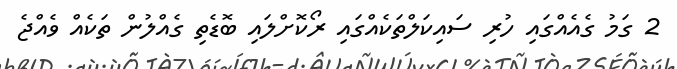
2 ގަމު ގެއެއްގައި ހުރި ސައިކަލްތަކެއްގައި ރޯކޮށްލައި ބޮޑެތި ގެއްލުން ތަކެއް ވެއްޖެ